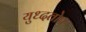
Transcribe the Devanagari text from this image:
युध्दतोप